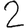
Digit: 2